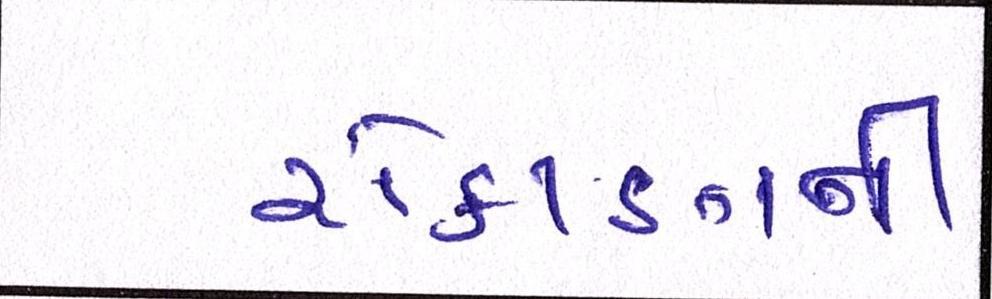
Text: રોકાણની